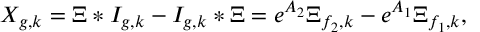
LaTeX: X _ { g , k } = \Xi \ast I _ { g , k } - I _ { g , k } \ast \Xi = e ^ { A _ { 2 } } \Xi _ { f _ { 2 } , k } - e ^ { A _ { 1 } } \Xi _ { f _ { 1 } , k } ,